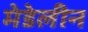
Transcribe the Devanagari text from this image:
मेडेलीन